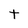
Character: t